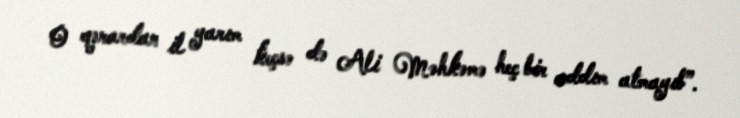
O qərardan il yarım keçsə də Ali Məhkəmə heç bir addım atmayıb”.